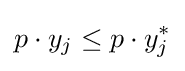
p\cdot y_{j}\leq p\cdot y_{j}^{*}